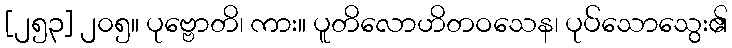
[၂၅၃] ၂၀၅။ ပုဗ္ဗောတိ၊ ကား။ ပူတိလောဟိတဝသေန၊ ပုပ်သောသွေး၏